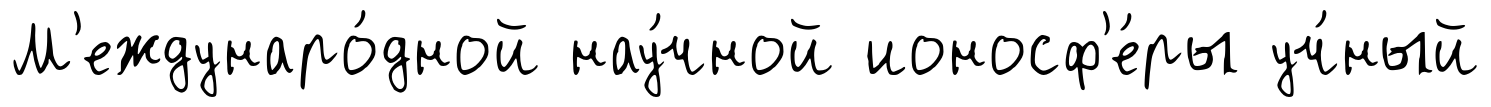
М'еждунаро́дной нау́чной ионосф'е́ры уч́ный